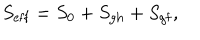
S _ { \mathrm { e f f } } = S _ { 0 } + S _ { \mathrm { g h } } + S _ { \mathrm { g f } } ,